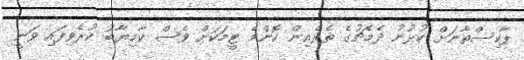
ޕާކިސްތާނަށް ކުޅުނު ދެމެޗުގެ ތެރެއިން ކޮންމެ ޓީމަކަށް ވެސް ކާމިޔާބު ކުރެވިފައި ވަނީ